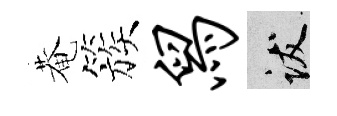
菴簇舄跋